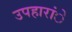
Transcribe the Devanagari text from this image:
उपहारांे